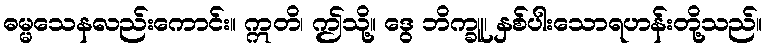
ဓမ္မသေနလည်းကောင်း။ ဣတိ၊ ဤသို့။ ဒွေ ဘိက္ခူ၊ နှစ်ပါးသောရဟန်းတို့သည်။